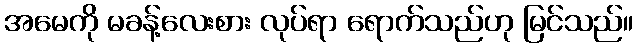
အမေကို မခန့်လေးစား လုပ်ရာ ရောက်သည်ဟု မြင်သည်။